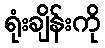
ရုံးချိန်းကို